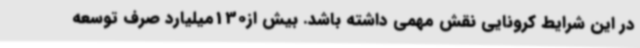
در این شرایط کرونایی نقش مهمی داشته باشد. بیش از130میلیارد صرف توسعه